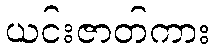
ယင်းဇာတ်ကား